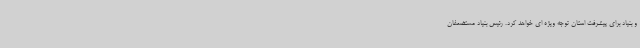
و بنیاد برای پیشرفت استان توجه ویژه ای خواهد کرد. رئیس بنیاد مستضعفان